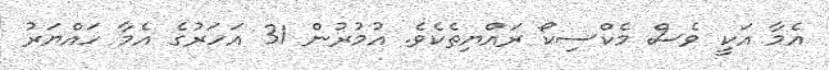
އެމާ އަކީ ވެސް މެކްސިކޯ ރައްޔިތެކެވެ. އުމުރުން 31 އަހަރުގެ އެމާ ހައްޔަރު